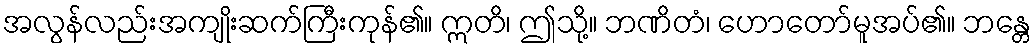
အလွန်လည်းအကျိုးဆက်ကြီးကုန်၏။ ဣတိ၊ ဤသို့။ ဘဏိတံ၊ ဟောတော်မူအပ်၏။ ဘန္တေ